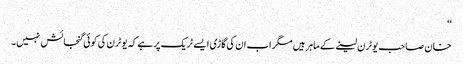
‘‘
خان صاحب یوٹرن لینے کے ماہر ہیں مگر اب ان کی گاڑی ایسے ٹریک پر ہے کہ یوٹرن کی کوئی گنجائش نہیں۔